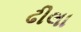
ઢીલા